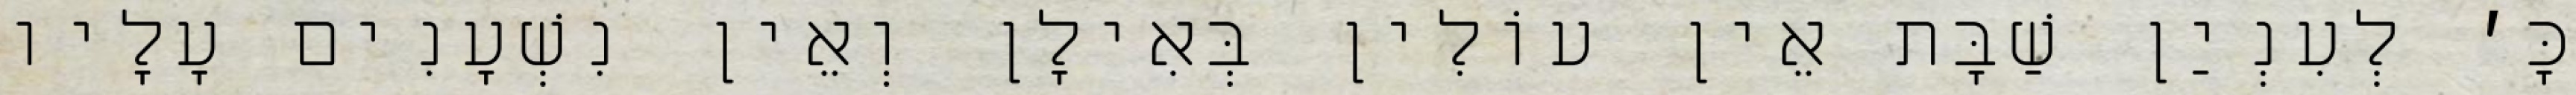
כָּ׳ לְעִנְיַן שַׁבָּת אֵין עוֹלִין בְּאִילָן וְאֵין נִשְׁעָנִים עָלָיו